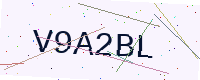
Text: V9A2BL